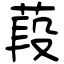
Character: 葮